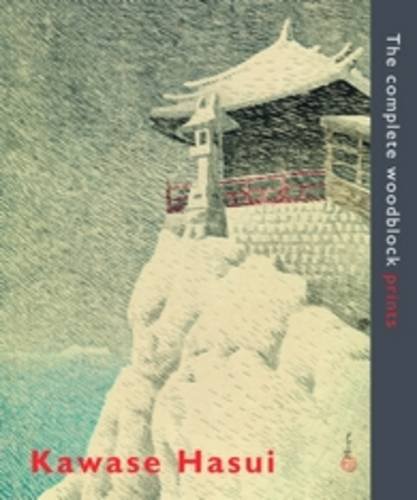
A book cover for Kawase Hasui; Kendall H. Brown; Biographies & Memoirs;